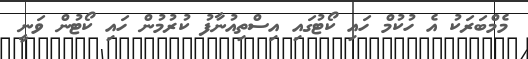
މެމްބަރަކު އެ ހުކުމް ހައި ކޯޓުގައި އިސްތިއުނާފު ކުރުމުން ހައި ކޯޓުން ވަނީ